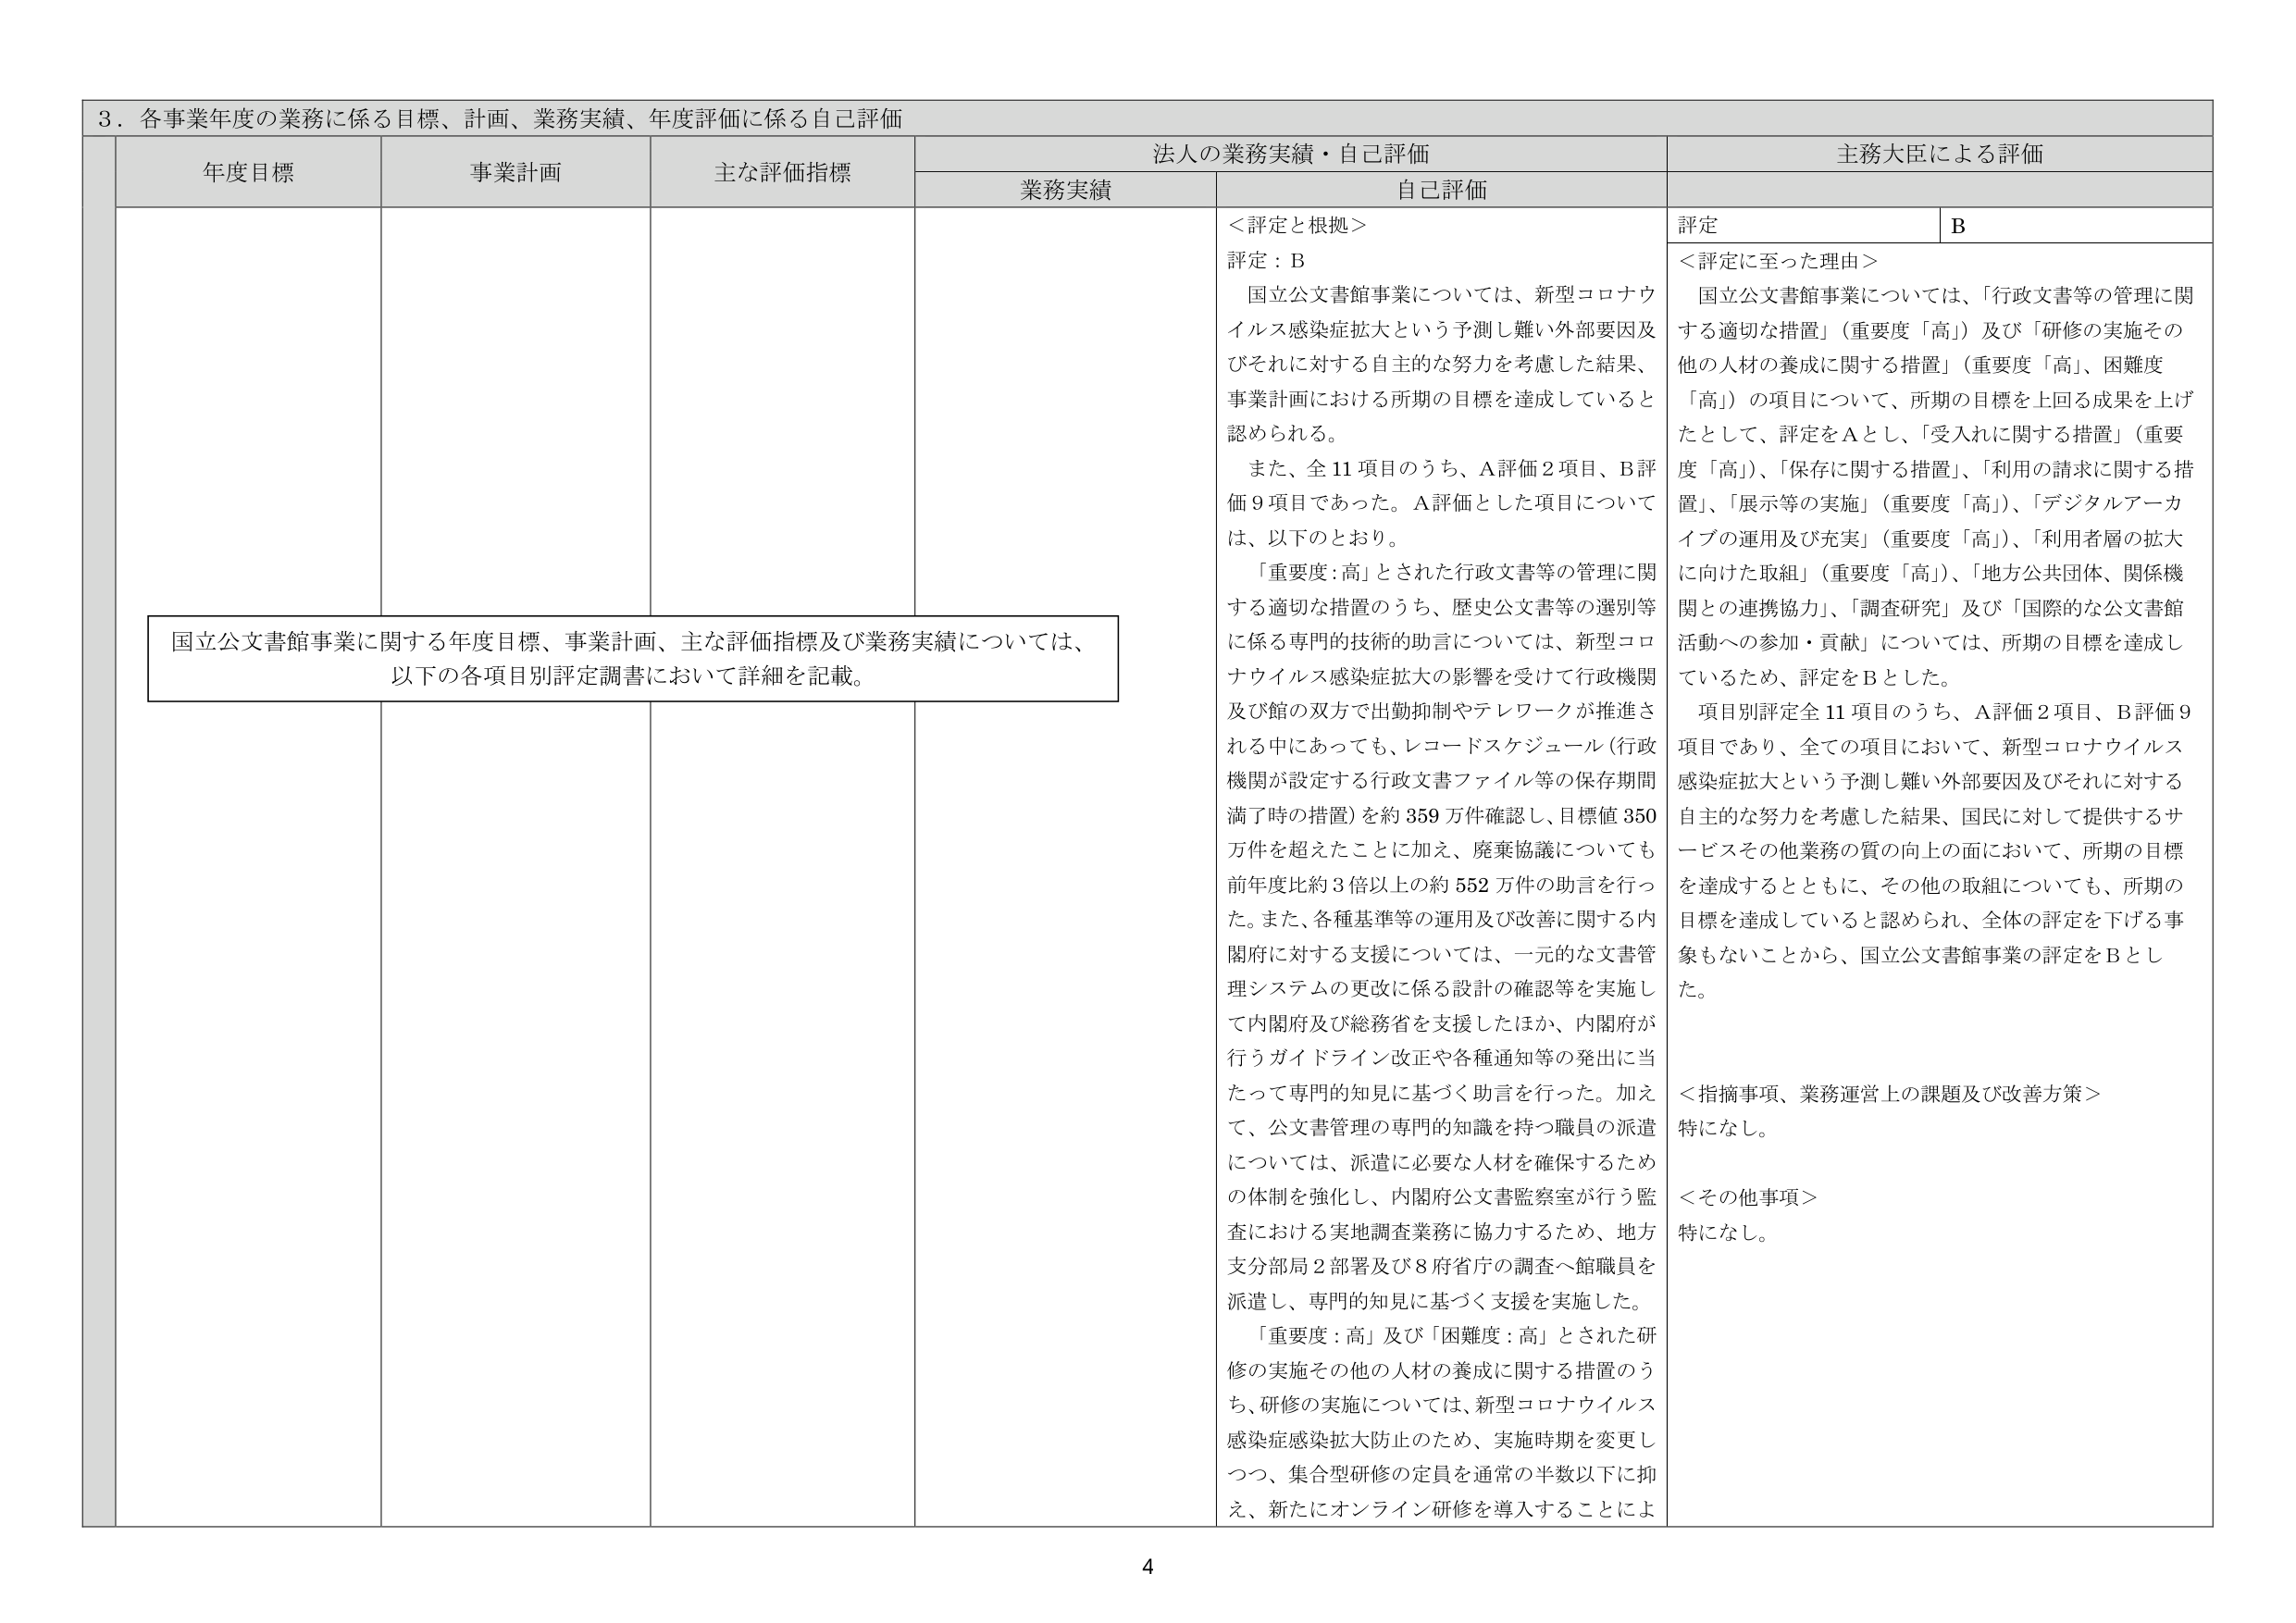
3．各事業年度の業務に係る目標、計画、業務実績、年度評価に係る自己評価

年度目標
事業計画
主な評価指標
法人の業務実績・自己評価
主務大臣による評価

業務実績
自己評価
評定
B

＜評定と根拠＞
評定：B
国立公文書館事業については、新型コロナウイルス感染症拡大という予測し難い外部要因及びそれに対する自主的な努力を考慮した結果、事業計画における所期の目標を達成していると認められる。
また、全11項目のうち、A評価2項目、B評価9項目であった。A評価とした項目については、以下のとおり。
「重要度：高」とされた行政文書等の管理に関する適切な措置のうち、歴史公文書等の選別等に係る専門的技術的助言については、新型コロナウイルス感染症拡大の影響を受けて行政機関及び館の双方で出勤抑制やテレワークが推進される中にあっても、レコードスケジュール（行政機関が設定する行政文書ファイル等の保存期間満了時の措置）を約359万件確認し、目標値350万件を超えたことに加え、廃棄協議についても前年度比約3倍以上の約552万件の助言を行った。また、各種基準等の運用及び改善に関する内閣府に対する支援については、一元的な文書管理システムの更改に係る設計の確認等を実施して内閣府及び総務省を支援したほか、内閣府が行うガイドライン改正や各種通知等の発出に当たって専門的知見に基づく助言を行った。加えて、公文書管理の専門的知識を持つ職員の派遣については、派遣に必要な人材を確保するための体制を強化し、内閣府公文書監察室が行う監査における実地調査業務に協力するため、地方支分部局2部署及び8府省庁の調査へ館職員を派遣し、専門的知見に基づく支援を実施した。
「重要度：高」及び「困難度：高」とされた研修の実施その他の人材の養成に関する措置のうち、研修の実施については、新型コロナウイルス感染症感染拡大防止のため、実施時期を変更しつつ、集合型研修の定員を通常の半数以下に抑え、新たにオンライン研修を導入することによ

国立公文書館事業に関する年度目標、事業計画、主な評価指標及び業務実績については、以下の各項目別評定調書において詳細を記載。

＜評定に至った理由＞
国立公文書館事業については、「行政文書等の管理に関する適切な措置」（重要度「高」）及び「研修の実施その他の人材の養成に関する措置」（重要度「高」、困難度「高」）の項目について、所期の目標を上回る成果を上げたとして、評定をAとし、「受入れに関する措置」（重要度「高」）、「保存に関する措置」、「利用の請求に関する措置」、「展示等の実施」（重要度「高」）、「デジタルアーカイブの運用及び充実」（重要度「高」）、「利用者層の拡大に向けた取組」（重要度「高」）、「地方公共団体、関係機関との連携協力」、「調査研究」及び「国際的な公文書館活動への参加・貢献」については、所期の目標を達成しているため、評定をBとした。
項目別評定全11項目のうち、A評価2項目、B評価9項目であり、全ての項目において、新型コロナウイルス感染症拡大という予測し難い外部要因及びそれに対する自主的な努力を考慮した結果、国民に対して提供するサービスその他業務の質の向上の面において、所期の目標を達成するとともに、その他の取組についても、所期の目標を達成していると認められ、全体の評定を下げる事象もないことから、国立公文書館事業の評定をBとした。

＜指摘事項、業務運営上の課題及び改善方策＞
特になし。

＜その他事項＞
特になし。

4